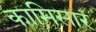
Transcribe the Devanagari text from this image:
कामिसार